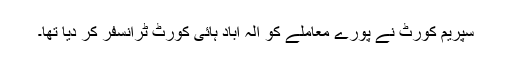
سپریم کورٹ نے پورے معاملے کو الہ آباد ہائی کورٹ ٹرانسفر کر دیا تھا۔